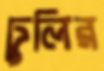
ঢুলির